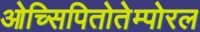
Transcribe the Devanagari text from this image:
ओच्सिपितोतेम्पोरल